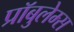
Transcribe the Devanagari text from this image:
प्रॉबुलेम्स